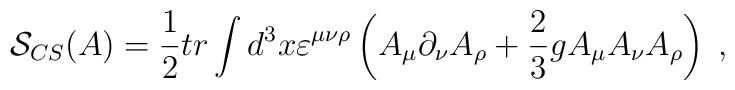
\mathcal{S}_{CS}(A)=\frac 12tr\int d^3x\varepsilon ^{\mu \nu \rho }\left(A_\mu \partial _\nu A_\rho +\frac 23gA_\mu A_\nu A_\rho \right) \;,